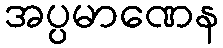
အပ္ပမာဏေန